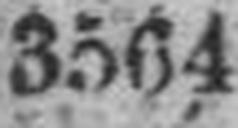
3564